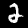
Digit: 2